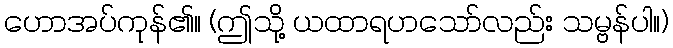
ဟောအပ်ကုန်၏။ (ဤသို့ ယထာရဟသော်လည်း သမ္ဗန်ပါ။)